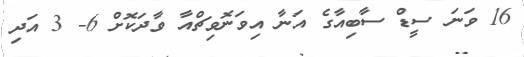
16 ވަނަ ސީޑް ސާބިއާގެ އަނާ އިވަނޮވިޗްއާ ވާދަކޮށް 6- 3 އަދި